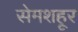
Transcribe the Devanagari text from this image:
सेमशहूर